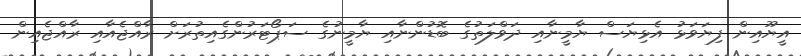
އީޔޫއިން ފިޔަވަޅު އެޅިޔަސް ޔާމީނާއި ދަވްލަތުގެ ބޮޑުންނާއި ޔާމީނުގެ ސަޕޯޓަރުންގެއިތުރަށް ރާއްޖެއާއި ރާއްޖެއިން